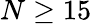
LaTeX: N\ge 15